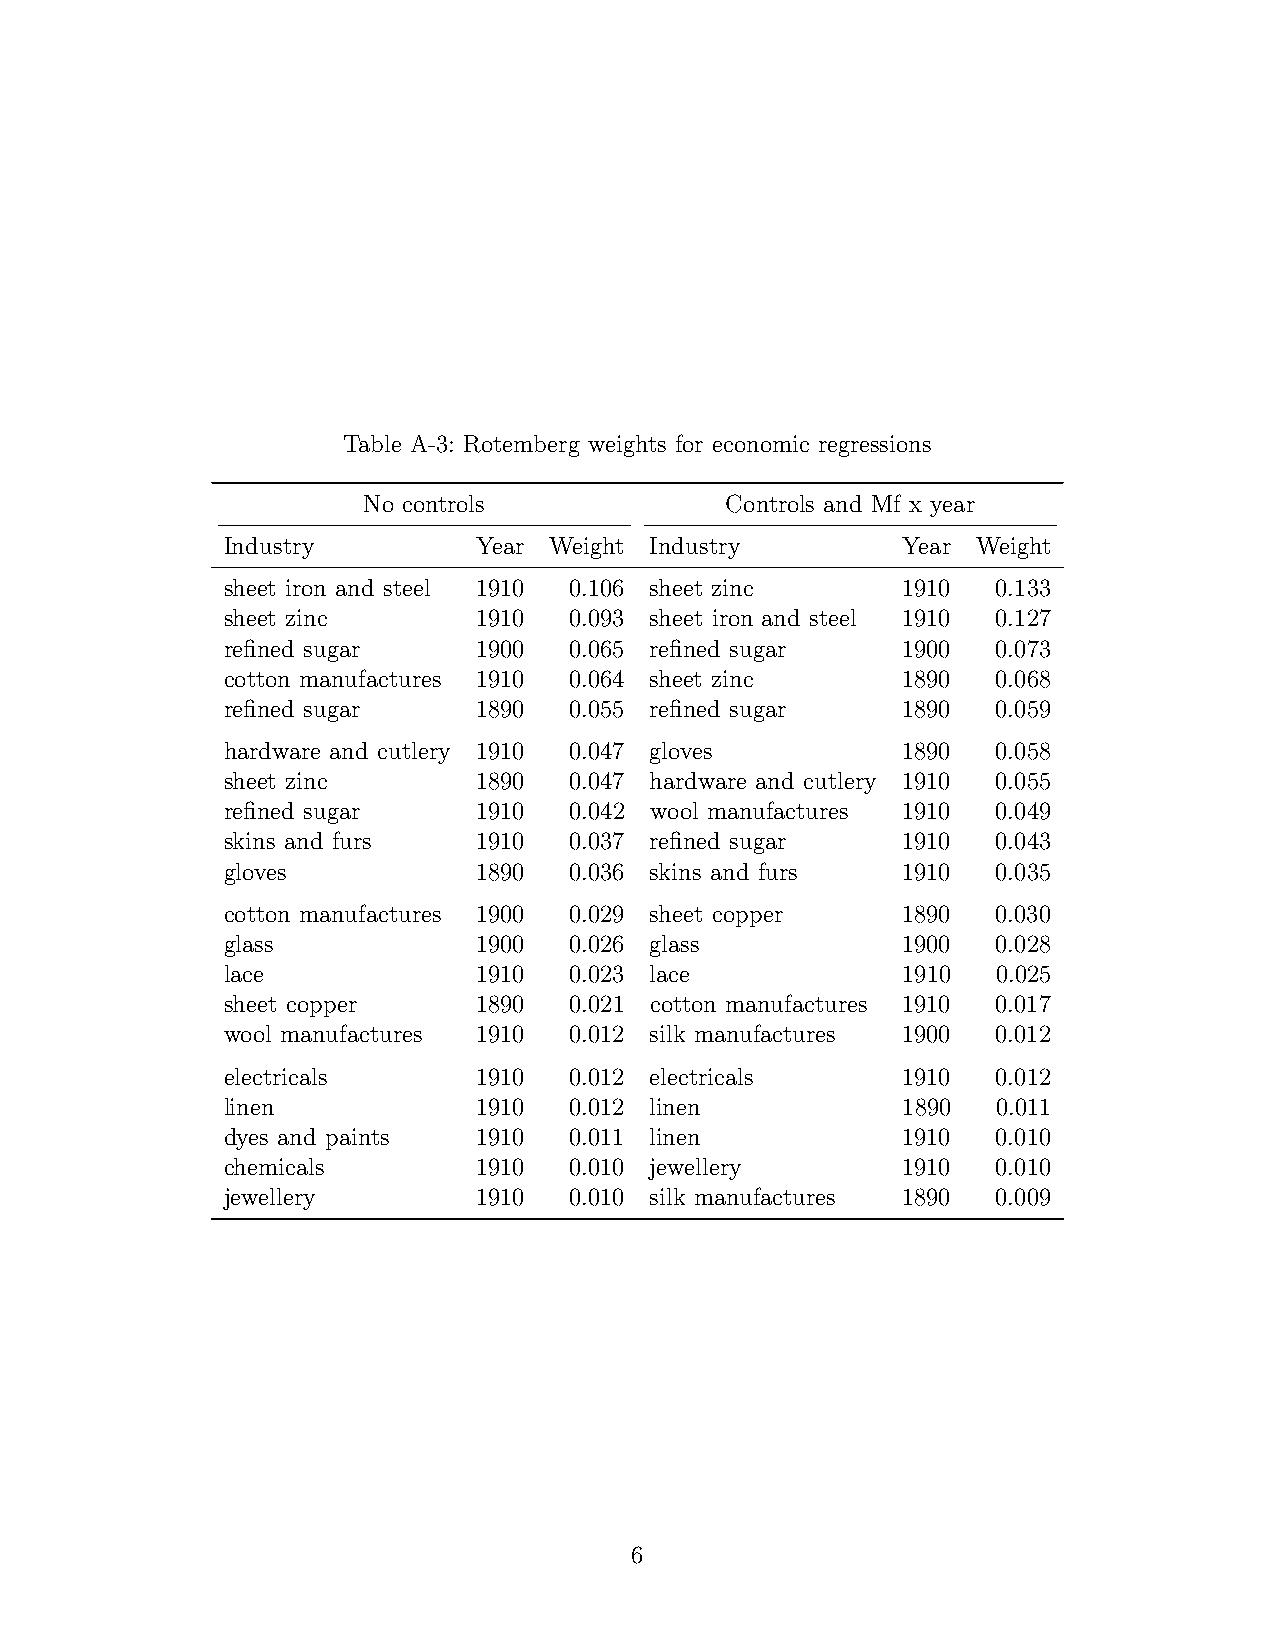
Table A-3: Rotemberg weights for economic regressions
 No controls             Controls and Mf x year
 Industry         Year Weight Industry        Year Weight
 sheet iron and steel 1910 0.106 sheet zinc   1910  0.133
 sheet zinc       1910  0.093 sheet iron and steel 1910 0.127
 refined sugar    1900  0.065 refined sugar   1900  0.073
 cotton manufactures 1910 0.064 sheet zinc    1890  0.068
 refined sugar    1890  0.055 refined sugar   1890  0.059
 hardware and cutlery 1910 0.047 gloves       1890  0.058
 sheet zinc       1890  0.047 hardware and cutlery 1910 0.055
 refined sugar    1910  0.042 wool manufactures 1910 0.049
 skins and furs   1910  0.037 refined sugar   1910  0.043
 gloves           1890  0.036 skins and furs  1910  0.035
 cotton manufactures 1900 0.029 sheet copper  1890  0.030
 glass            1900  0.026 glass           1900  0.028
 lace             1910  0.023 lace            1910  0.025
 sheet copper     1890  0.021 cotton manufactures 1910 0.017
 wool manufactures 1910 0.012 silk manufactures 1900 0.012
 electricals      1910  0.012 electricals     1910  0.012
 linen            1910  0.012 linen           1890  0.011
 dyes and paints  1910  0.011 linen           1910  0.010
 chemicals        1910  0.010 jewellery       1910  0.010
 jewellery        1910  0.010 silk manufactures 1890 0.009
 6